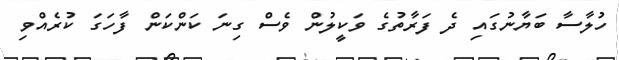
ހުލާސާ ބަޔާނުގައި ދެ ފަރާތުގެ ވަކީލުން ވެސް ގިނަ ކަންކަން ފާހަގަ ކުރެއްވި